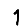
Digit: 1